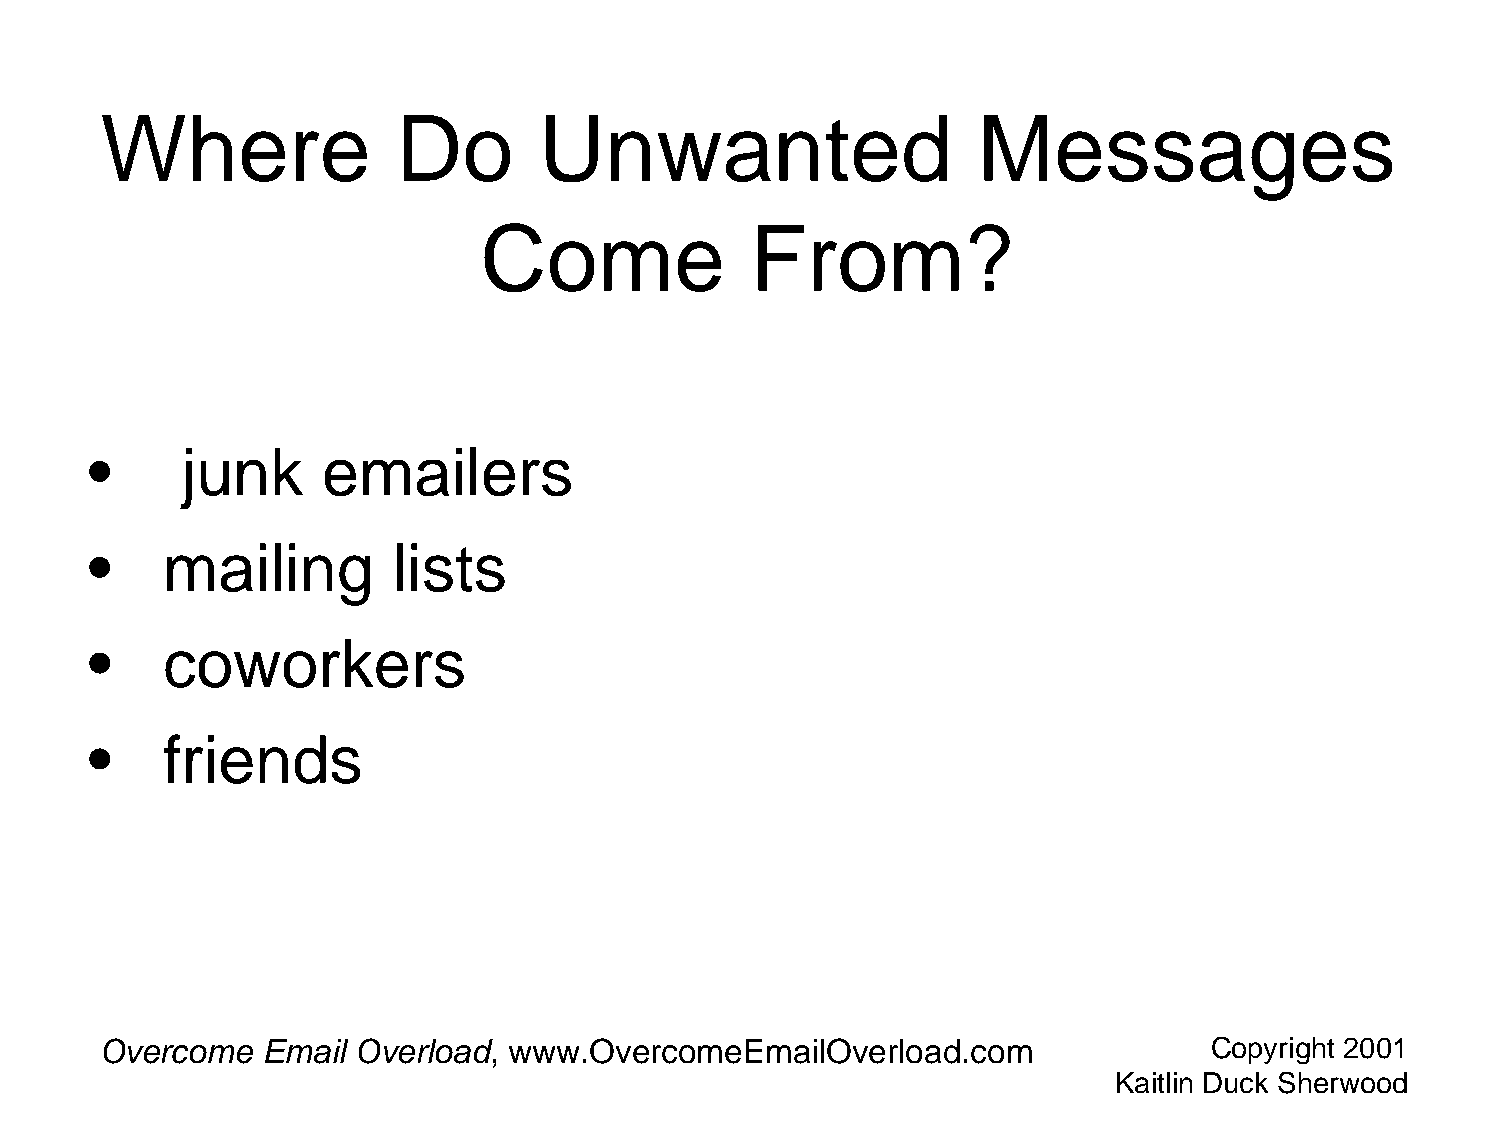
Where              Do        Unwanted                     Messages
 Come              From?
 •     junk     emailers
 •    mailing        lists
 •    coworkers
 •    friends
 Overcome  Email  Overload, www.OvercomeEmailOverload.com                 Copyright 2001
 Kaitlin Duck Sherwood